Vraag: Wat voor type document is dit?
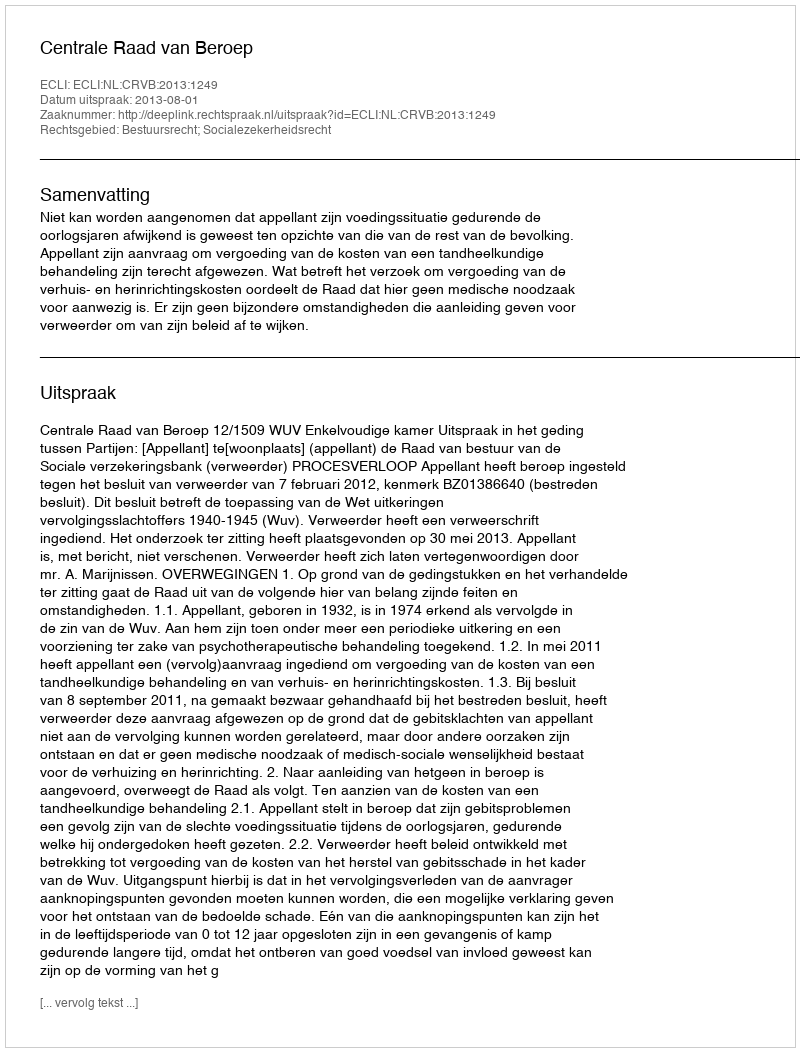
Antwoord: Uitspraak